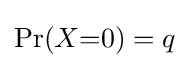
{\textstyle \Pr(X{=}0)=q}